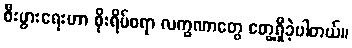
စီးပွားရေးဟာ စိုးရိမ်စရာ လက္ခဏာတွေ တွေ့ရှိခဲ့ပါတယ်။